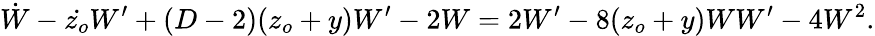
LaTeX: \dot{W}-\dot{z_{o}}W^{\prime}+(D-2)(z_{o}+y)W^{\prime}-2W=2W^{\prime}-8(z_{o}+y)WW^{\prime}-4W^{2}.